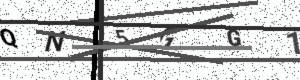
Text: QN5GG1